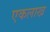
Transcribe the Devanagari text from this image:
एकलाख